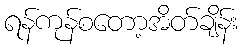
ရန်ကုန်စတော့အိတ်ချိန်း